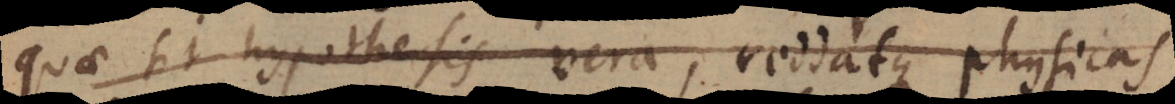
quae sit hypothesis vera, reddatque physicas